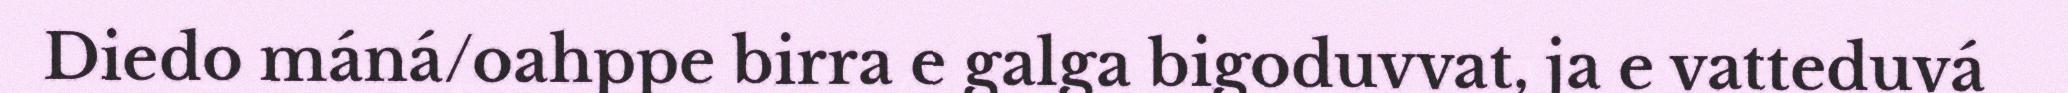
Diedo máná/oahppe birra e galga bigoduvvat, ja e vatteduvá